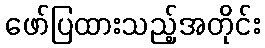
ဖော်ပြထားသည့်အတိုင်း